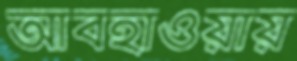
আবহাওয়ায়